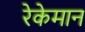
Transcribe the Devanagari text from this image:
रेकेमान